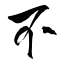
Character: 不